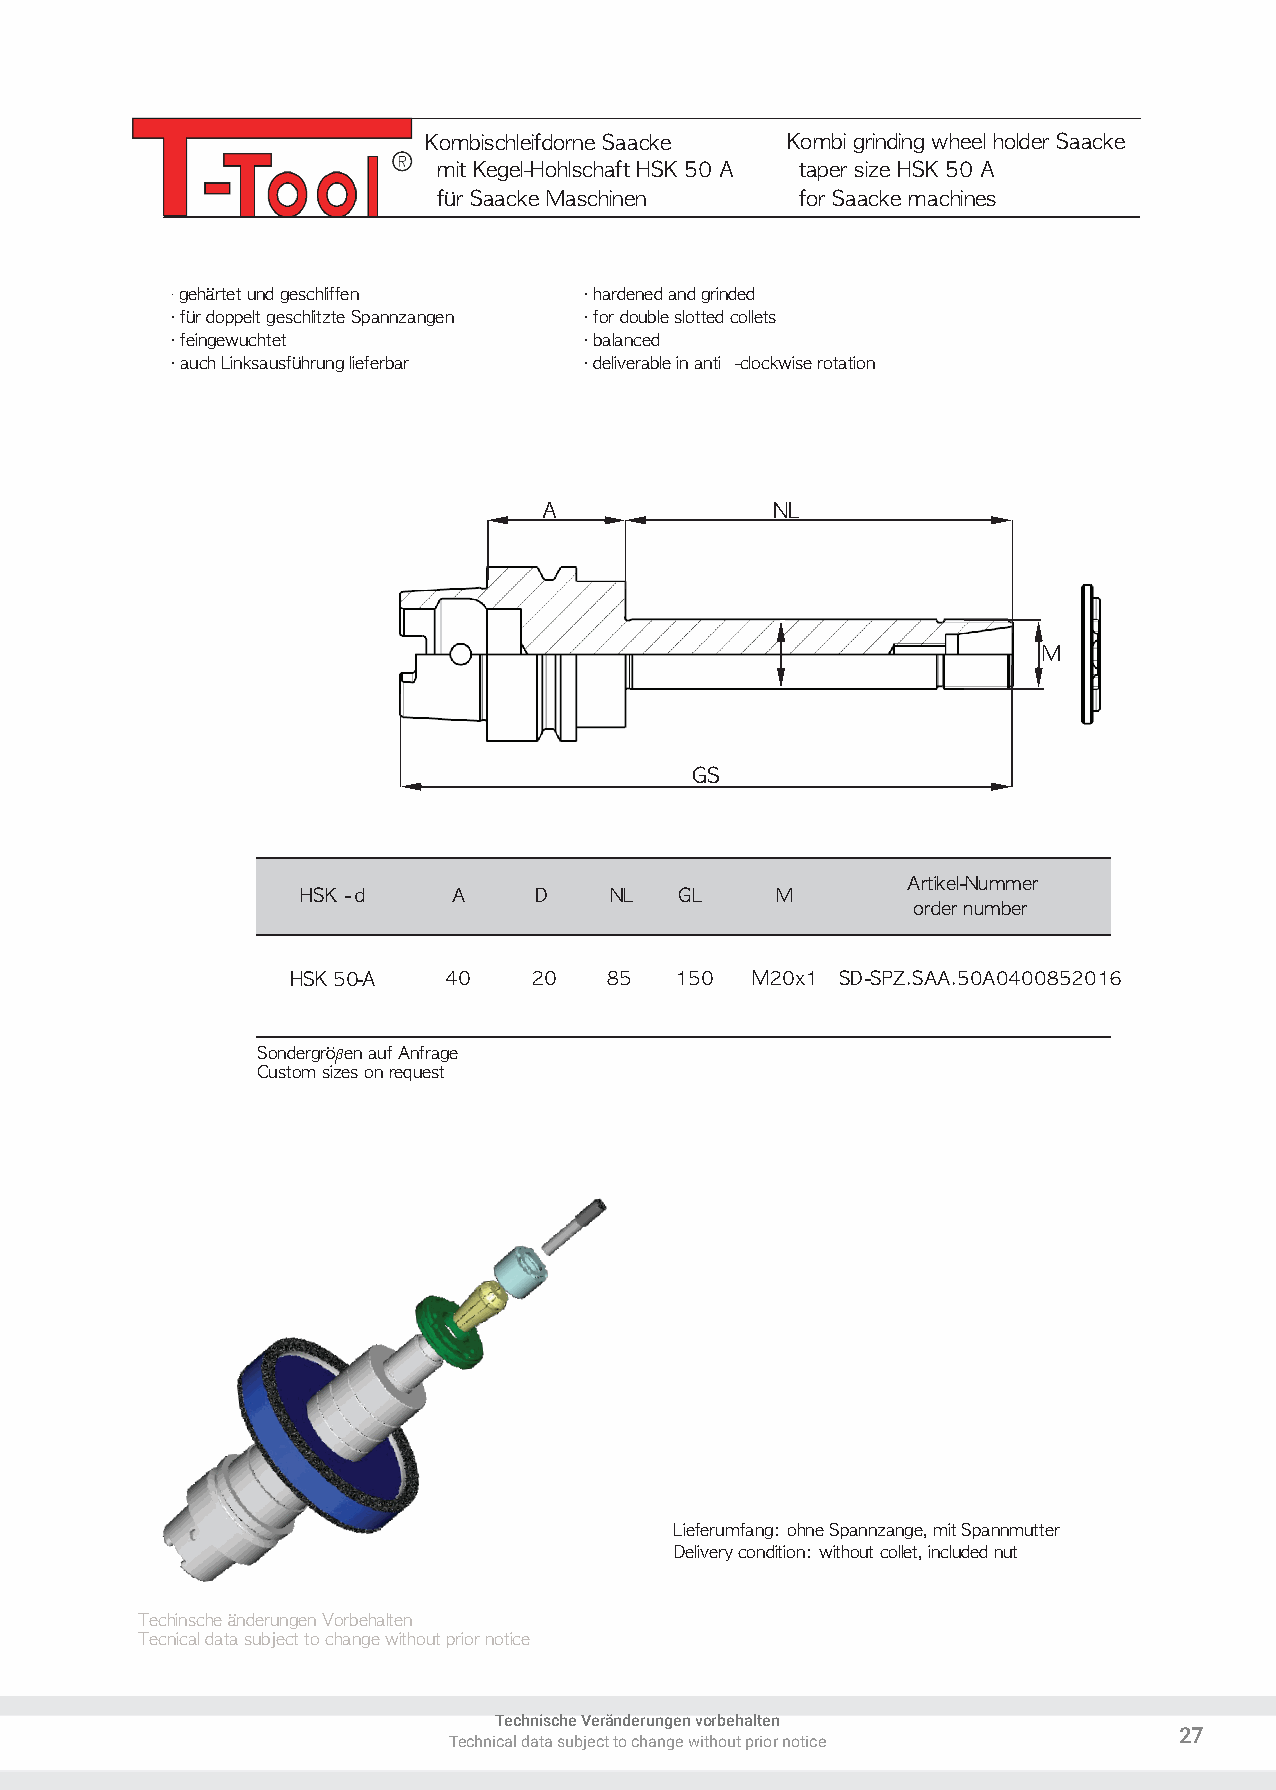
Kombischleifdorne Saacke Kombi grinding wheel holder Saacke
 mit Kegel-Hohlschaft HSK 50 A taper size HSK 50 A
 für Saacke Maschinen    for Saacke machines
 · gehärtet und geschliffen  · hardened and grinded
 · für doppelt geschlitzte Spannzangen · for double slotted collets
 · feingewuchtet             · balanced
 · auch Linksausführung lieferbar · deliverable in anti -clockwise rotation
 A              NL
 M
 GS
 Artikel-Nummer
 HSK - d   A    D    NL   GL    M
 order number
 HSK 50-A  40    20   85   150  M20x1 SD-SPZ.SAA.50A04008520 16
 Sondergrößen auf Anfrage
 Custom sizes on request
 Lieferumfang: ohne Spannzange, mit Spannmutter
 Delivery condition: without collet, included nut
 Techinsche änderungen Vorbeha lten
 Tecnical data subject to change without prior notice
 Technische Veränderungen vorbehalten
 27
 Technical data subject to change without prior notice